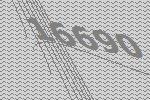
16690